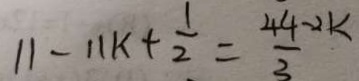
1 1 - 1 1 k + \frac { 1 } { 2 } = \frac { 4 4 - 2 k } { 3 }